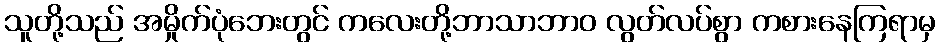
သူတို့သည် အမှိုက်ပုံဘေးတွင် ကလေးတို့ဘာသာဘာဝ လွတ်လပ်စွာ ကစားနေကြရာမှ